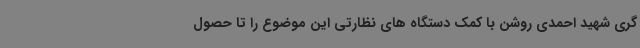
گری شهید احمدی روشن با کمک دستگاه های نظارتی این موضوع را تا حصول